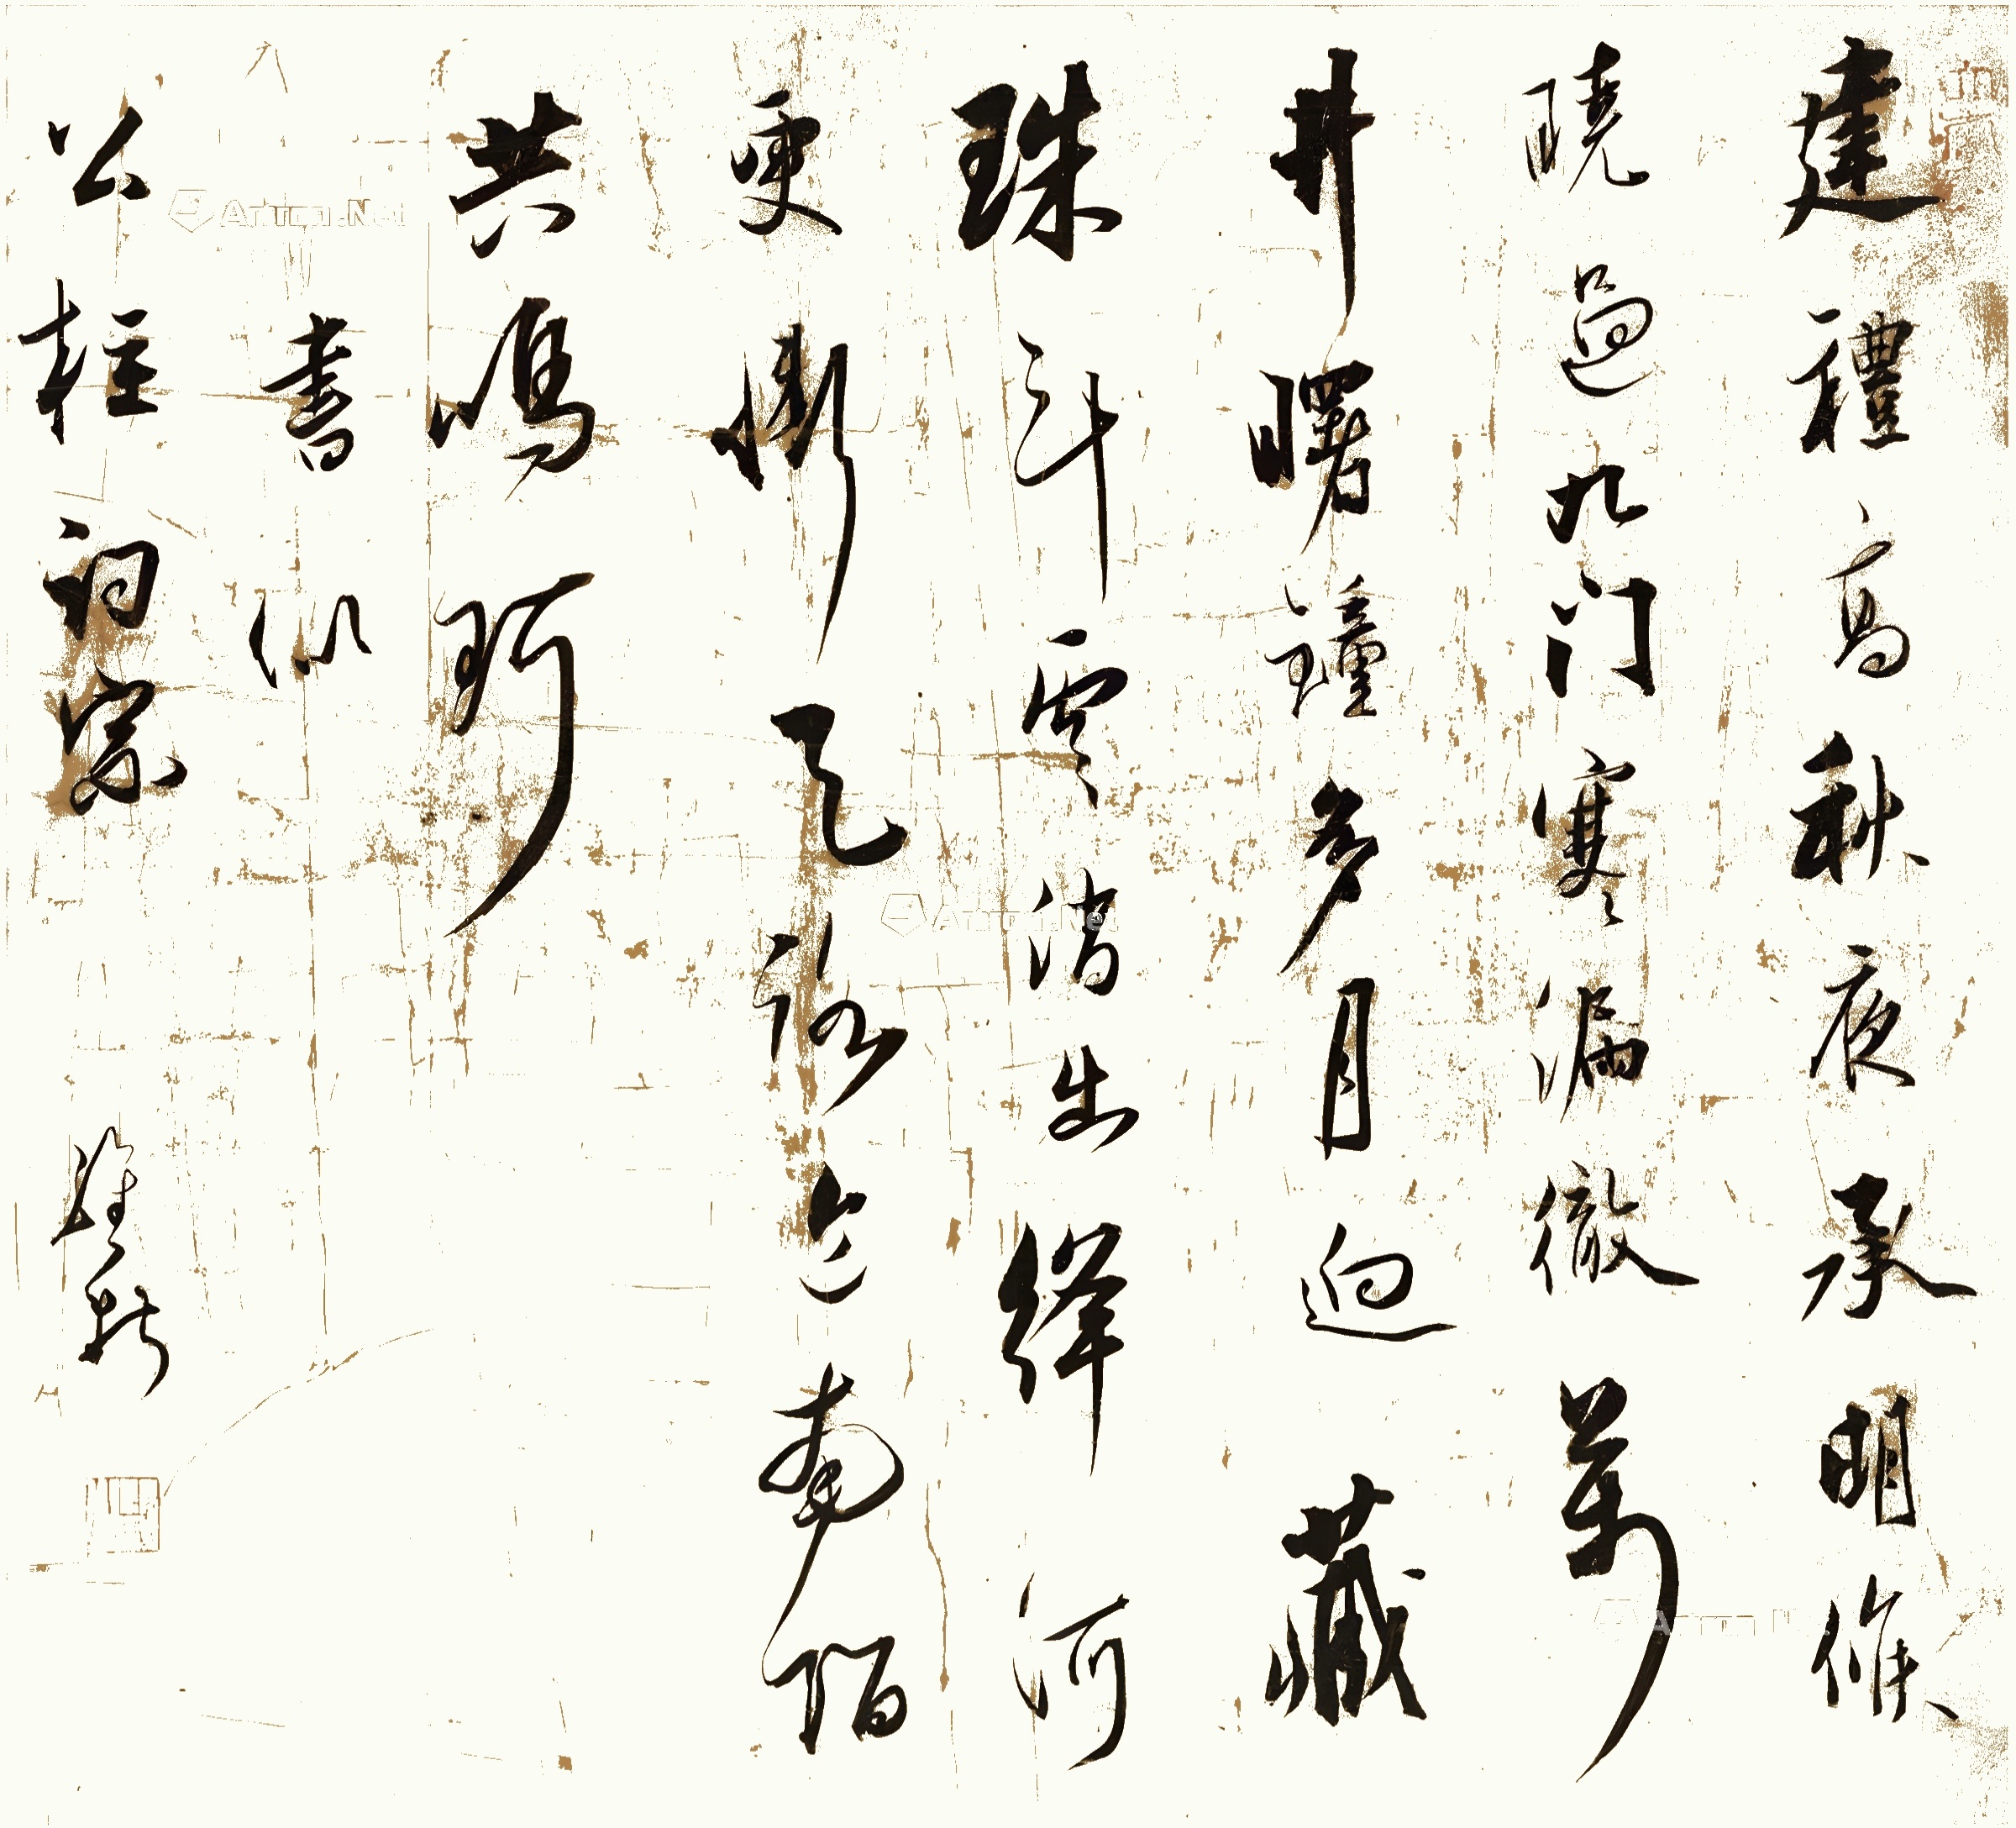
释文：建礼高秋夜，承明候晓过。九门寒漏彻，万井曙钟多。月迥藏珠斗，云消出绛河。更惭天路近，南陌共鸣珂。书似公柱词宗，维新。